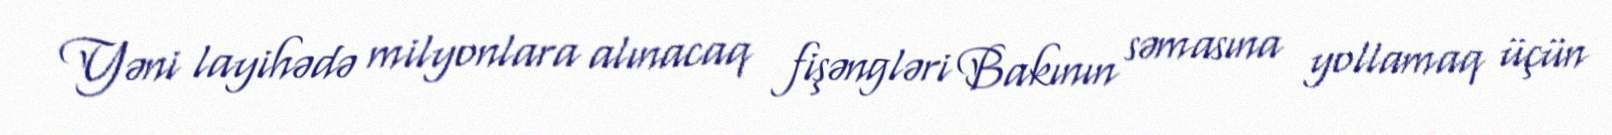
Yəni layihədə milyonlara alınacaq fişəngləri Bakının səmasına yollamaq üçün